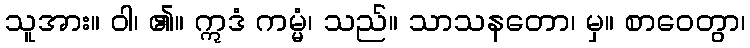
သူအား။ ဝါ၊ ၏။ ဣဒံ ကမ္မံ၊ သည်။ သာသနတော၊ မှ။ စာဝေတွာ၊